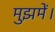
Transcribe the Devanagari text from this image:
मुझमें।